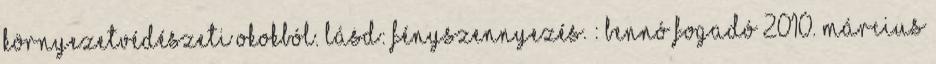
Környezetvédészeti okokból. Lásd: fényszennyezés. : Bennó fogadó 2010. március